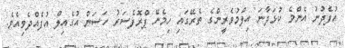
އުފެދުނު އެންމެ ކުޅަދާނަ އިލްމުވެރީންގެ ތެރޭގައި ހިމެނޭ ޕްރޮފެސަރު ހަސަން އުގެއިލް އުފެއްދެވިއެވެ.